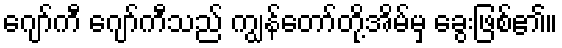
ဂျော်ကီ ဂျော်ကီသည် ကျွန်တော်တို့အိမ်မှ ခွေးဖြစ်၏။